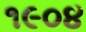
૧૯૦૪